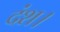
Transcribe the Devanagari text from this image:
दंश।